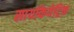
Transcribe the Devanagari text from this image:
सायकियेट्रिक